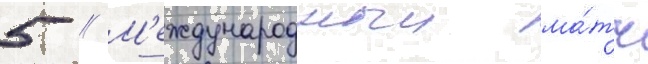
5 // М'еждународныи ма́тч